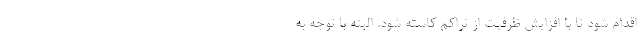
اقدام شود تا با افزایش ظرفیت از تراکم کاسته شود. البته با توجه به